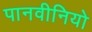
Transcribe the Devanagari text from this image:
पानवीनियो